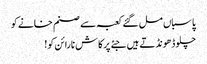
پاسباں مل گئے کعبہ سے صنم خانے کو
چلو ڈھونڈتے ہیں جئے پرکاش نارائن کو!